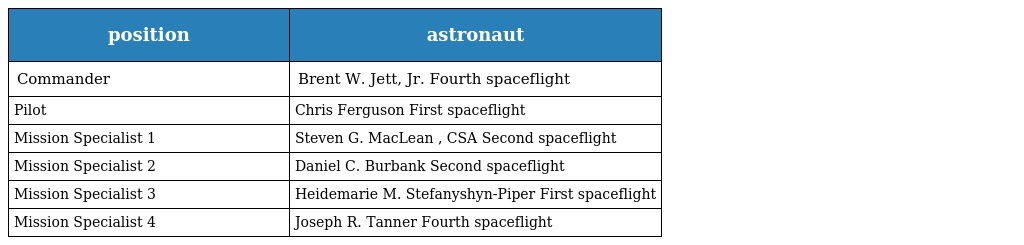
| position | astronaut |
 | --- | --- |
 | Commander | Brent W. Jett, Jr. Fourth spaceflight |
 | Pilot | Chris Ferguson First spaceflight |
 | Mission Specialist 1 | Steven G. MacLean , CSA Second spaceflight |
 | Mission Specialist 2 | Daniel C. Burbank Second spaceflight |
 | Mission Specialist 3 | Heidemarie M. Stefanyshyn-Piper First spaceflight |
 | Mission Specialist 4 | Joseph R. Tanner Fourth spaceflight |